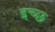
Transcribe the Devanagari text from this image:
इच्छ